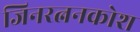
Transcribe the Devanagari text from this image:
जिनरत्ननकोश